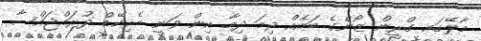
މާލޭގައ ގްރީން ޒޯންގެ ބައެއް ދިމަ ދިމާ އިން ވަނީ ބެރިކޭޑް ދުރައްޖައްސާ